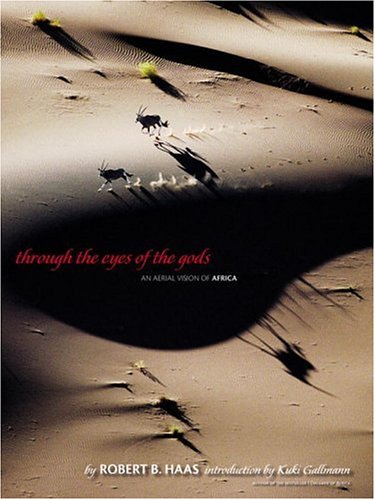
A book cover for Through the Eyes of the Gods: An Aerial Vision of Africa; Bobby Haas; Arts & Photography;